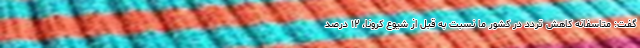
گفت: متاسفانه کاهش تردد در کشور ما نسبت به قبل از شیوع کرونا، ۱۲ درصد